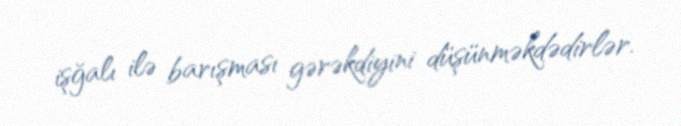
işğalı ilə barışması gərəkdiyini düşünməkdədirlər.